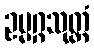
ဥမ္မဂ္ဂသုတ္တံ